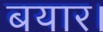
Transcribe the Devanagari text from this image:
बयार।